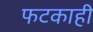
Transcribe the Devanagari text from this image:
फटकाही